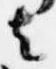
者